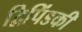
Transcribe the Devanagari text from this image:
द्विपिंडकी